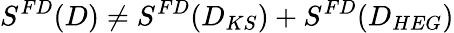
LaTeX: S^{FD}(D)\ne S^{FD}(D_{KS})+S^{FD}(D_{HEG})